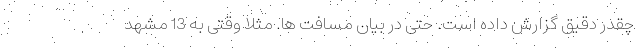
چقدر دقیق گزارش داده است. حتی در بیان مسافت ها. مثلا وقتی به 13 مشهد